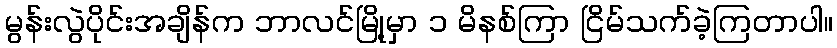
မွန်းလွဲပိုင်းအချိန်က ဘာလင်မြို့မှာ ၁ မိနစ်ကြာ ငြိမ်သက်ခဲ့ကြတာပါ။